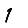
Digit: 1